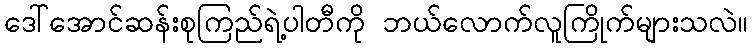
ဒေါ်အောင်ဆန်းစုကြည်ရဲ့ပါတီကို ဘယ်လောက်လူကြိုက်များသလဲ။